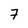
Character: 7